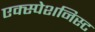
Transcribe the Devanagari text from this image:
एक्स्पेशनिस्ट